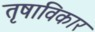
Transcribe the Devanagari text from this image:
तृषाविकार